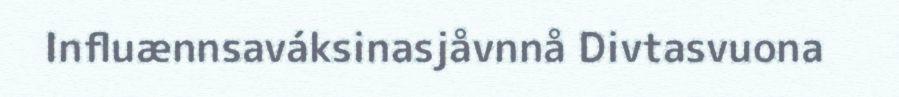
Influænnsaváksinasjåvnnå Divtasvuona